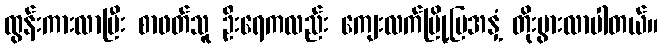
ထွန်းကားလာပြီး စာဖတ်သူ ဦးရေကလည်း ကျေးလက်မြို့ပြအနှံ့ တိုးပွားလာပါတယ်။